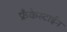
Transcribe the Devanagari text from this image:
फ्रँकेस्टाईन